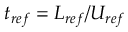
t _ { r e f } = L _ { r e f } / U _ { r e f }